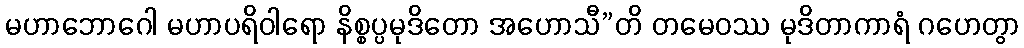
မဟာဘောဂေါ မဟာပရိဝါရော နိစ္စပ္ပမုဒိတော အဟောသီ”တိ တမေဝဿ မုဒိတာကာရံ ဂဟေတွာ